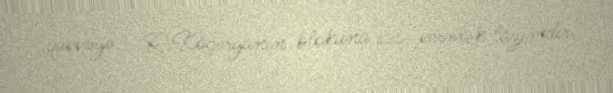
qüvvəyə - R.Köçəryanın blokuna səs vermək lazımdır.